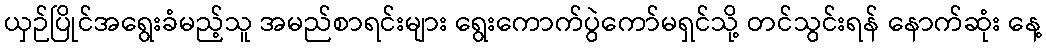
ယှဉ်ပြိုင်အရွေးခံမည့်သူ အမည်စာရင်းများ ရွေးကောက်ပွဲကော်မရှင်သို့ တင်သွင်းရန် နောက်ဆုံး နေ့